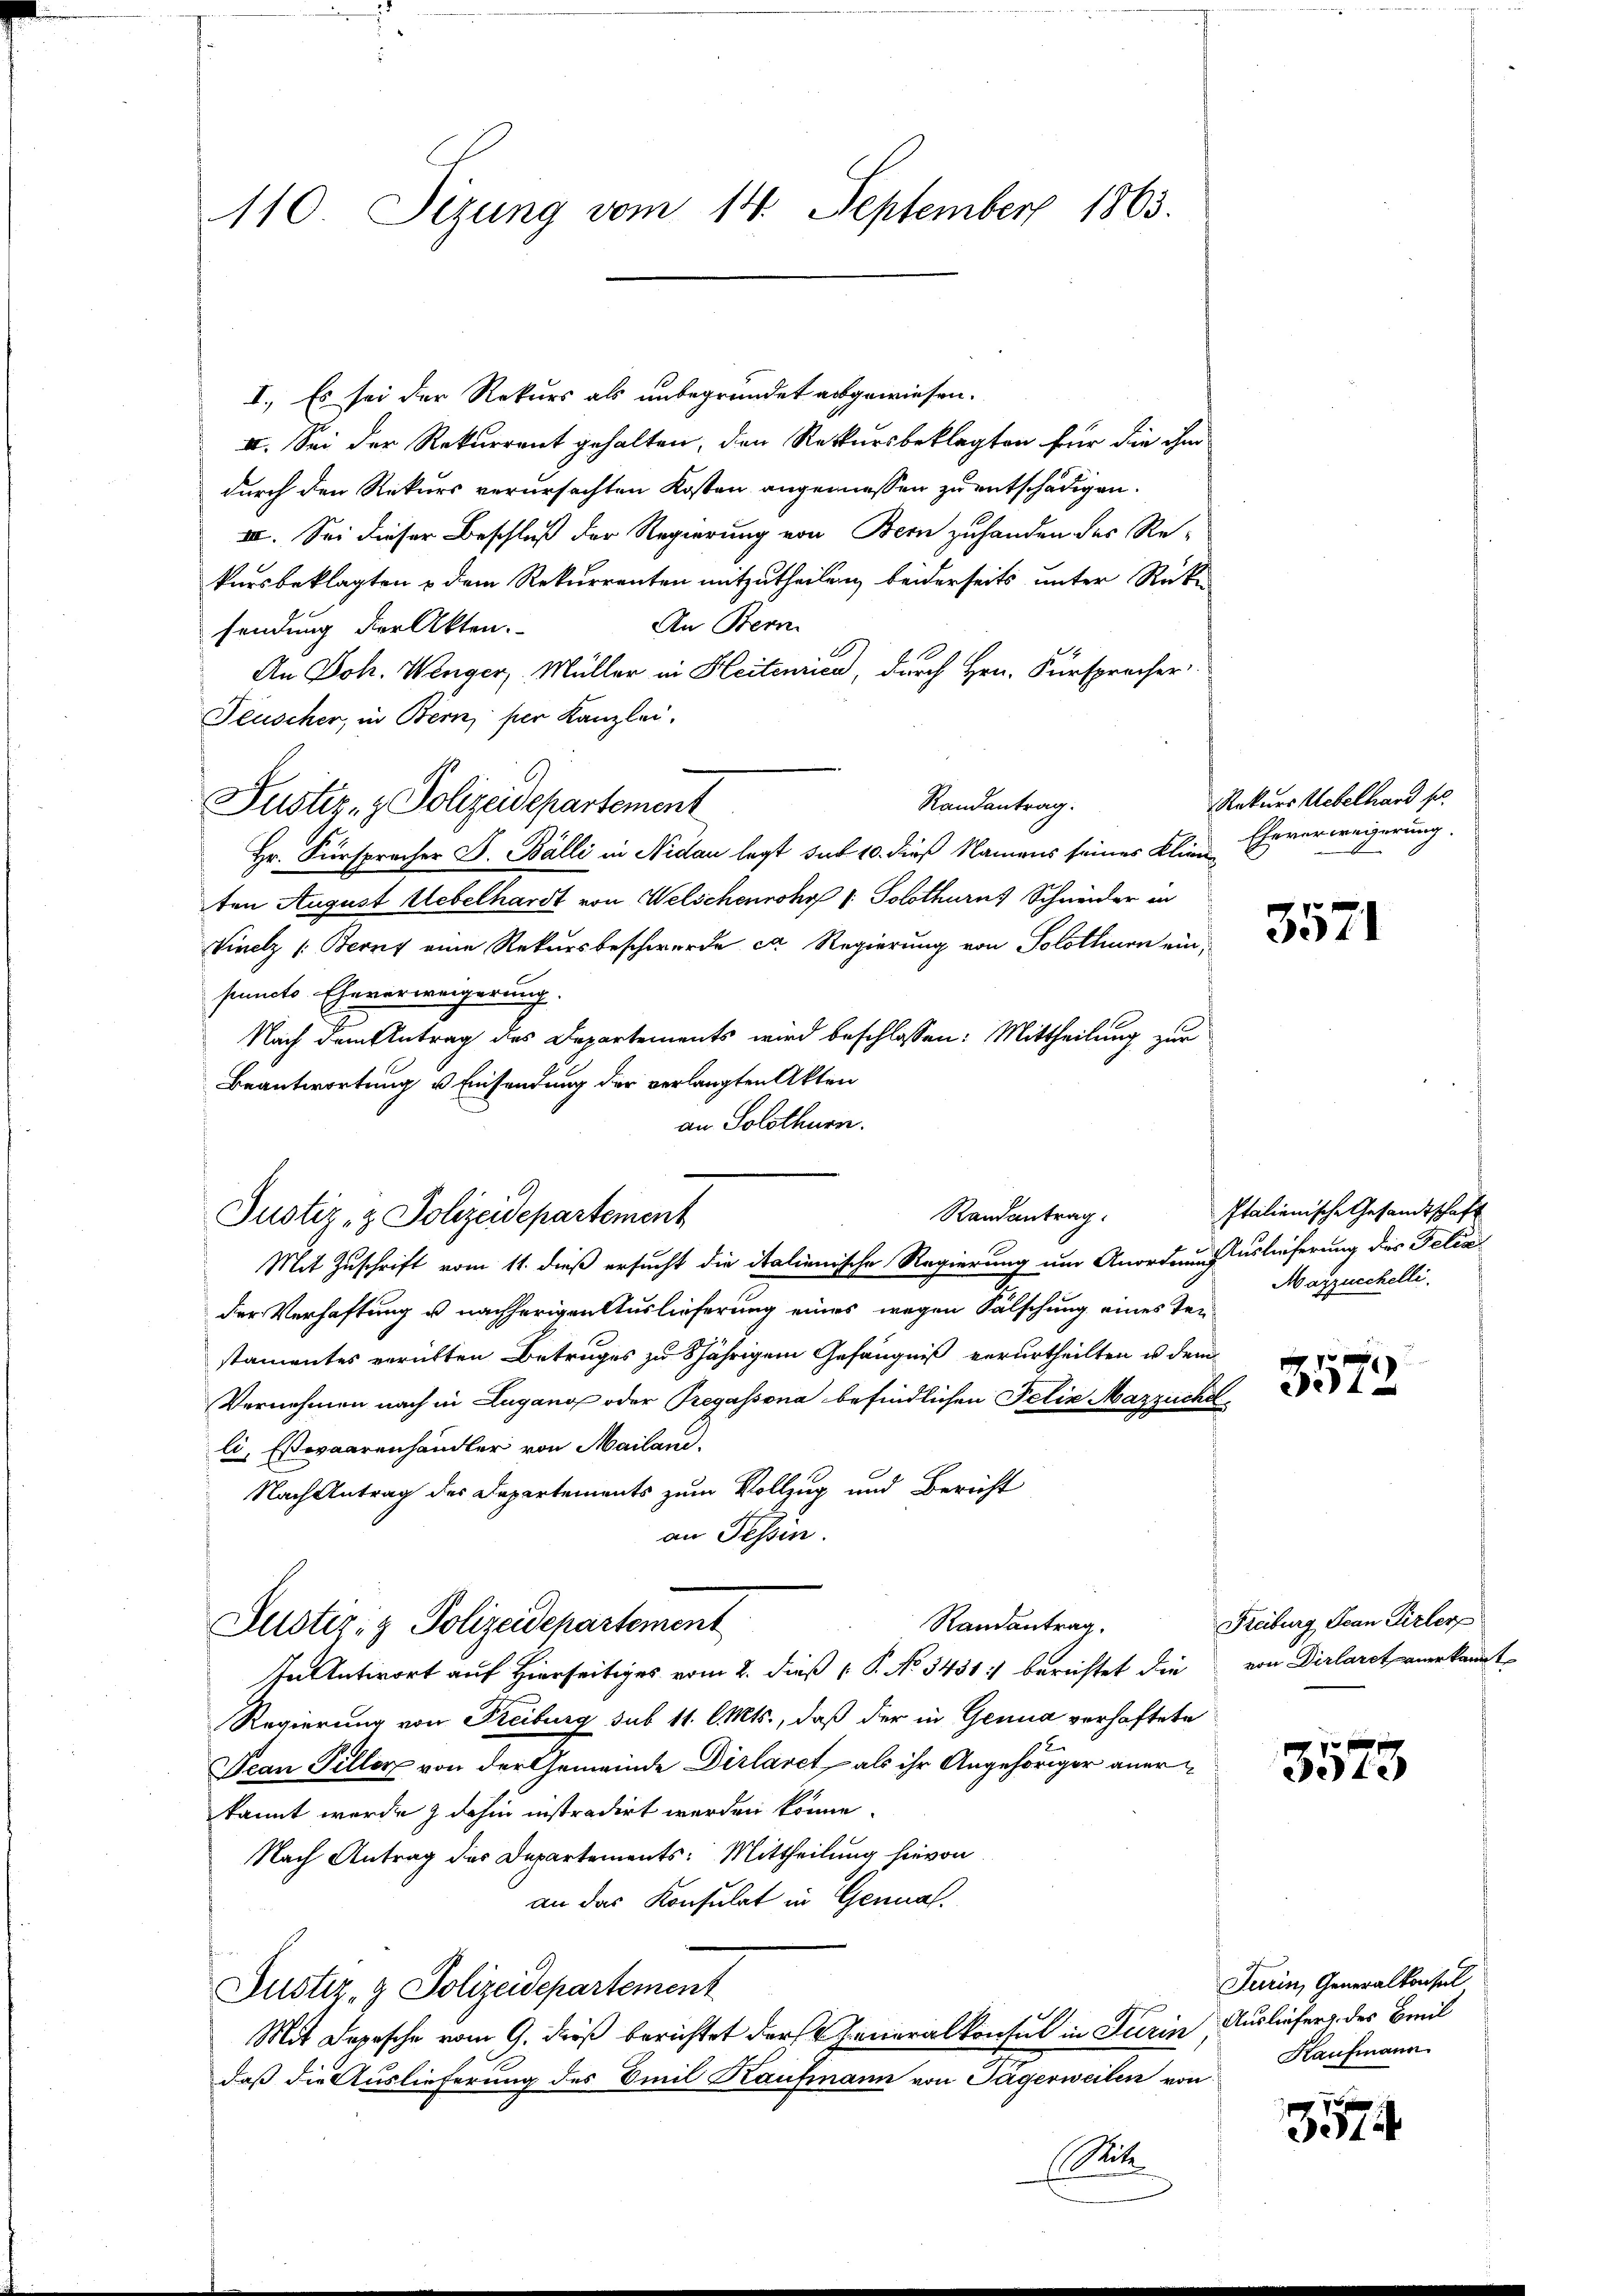
110 Sizung vom 14. September 1863.

I. Es sei der Rekurs als unbegründet ausgewiesen.
II. Sei der Rekurrent gehalten, den Rekursbeklagten für die ihm
durch den Rekurs verursachten Kosten angemessen zu entschädigen.
II. Sei dieser Beschluß der Regierung von Bern zuhanden des Re-
kursbeklagten & dem Rekurrenten mitzutheilen, beiderseits unter Rück-
An Bern
sendung der Akten.
An Joh. Wenger, Müller in Heitenrica, durch Hrn. Fürsprecher
Pluscher, in Bern, per Kanzlei.
Randantrag.
Hr. Fürspracher J. Bälli in Nidau legt sub 10. dieß Namens seines Klienten August Uebelhardt von Welschenrohr (: Solothurns Schneider in
Vinelz (Beruf eine Rekursbeschwerde er Regierung von Solothurn einpuncts Eheverweigerung.
Nach dem Antrag des Departements wird beschlossen: Mittheilung zur
Beantwortung & Einsendung der verlangten Akten
an Solothurn.
Mit Zuschrift vom 11. dieß ersucht die italienische Regierung um Anordnung Auslieferung des Felix
der Verhaftung u nachherigen Auslieferung eines wegen Fälschung eines Tei
stamentes verübten Betruges zu 8jährigem Gefängniß verurtheilten u dem
Vernehmen nach in Lugano oder Pregassona befindlichen Felix Mazzüche
li, Esswaarenhändler von Mailand.
Nach Antrag des Departements zum Vollzug und Bericht
an Tessin.
Randantrag.
Justiz- & Polizeidepartement
In Antwort auf Hierseitiges vom 2. dieß P. No 3431 :/ berichtet die
Regierung von Freiburg sub 11. Mts., daß der in Genua verhaftete
Pean Piller von der Gemeinde Dirlaret, als ihr Angehöriger anerkannt wurde & dahin instradirt werden könne
Nach Antrag des Departements: Mittheilung hievon
an das Konsulat in Genual
Justiz- & Polizeidepartement
Mit Depesche vom 9. daß berichtet der Generalkonsul in Turin Ausliefer des Breil
daß die Auslieferung des Emil Kaufmann von Tägerweilen von
St

Justiz- & Polizeidepartement

Justiz- & Polizeidepartement

Randantrag

Rekurs Uebelhard so
Ehererweigerung.

3571

Italienische Gesandtschaft
Magzuschelli.

70 f
5012

Freiburg Jean Pirler
von Dirlarst anerkannt

3573

Turin, Generalkonsul
Kaufmann

7 x
314